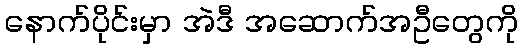
နောက်ပိုင်းမှာ အဲဒီ အဆောက်အဦတွေကို